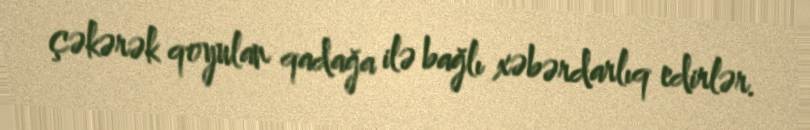
çəkərək qoyulan qadağa ilə bağlı xəbərdarlıq edirlər.